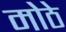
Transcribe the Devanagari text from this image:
मोेठे